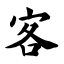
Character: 客